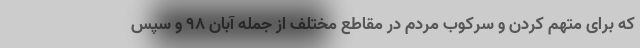
که برای متهم کردن و سرکوب مردم در مقاطع مختلف از جمله آبان ۹۸ و سپس